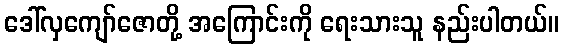
ဒေါ်လှကျော်ဇောတို့ အကြောင်းကို ရေးသားသူ နည်းပါတယ်။